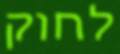
לחוק